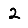
Digit: 2